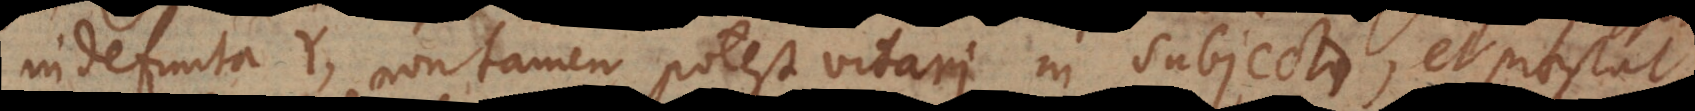
indefinita Y, non tamen potest vitari in subjecto, et praestat